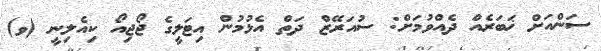
ސަންއަށް ޚަބަރެއް ދެއްވުމަށް: ސުއަރޭޒް ދަތް އެޅުމުން އިޓަލީގެ ޖޯޖިއޯ ކިއެލިނީ (ވ)